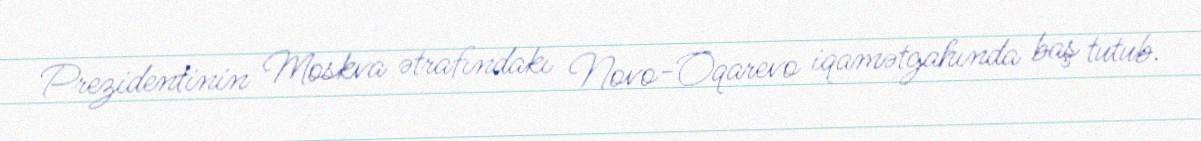
Prezidentinin Moskva ətrafındakı Novo-Oqarevo iqamətgahında baş tutub.